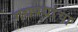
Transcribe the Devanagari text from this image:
गद्यपद्यांचा